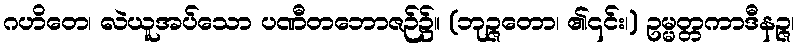
ဂဟိတေ၊ လဲယူအပ်သော ပဏီတဘောဇဉ်၌။ (ဘုဉ္ဇတော၊ ၏၎င်း၊) ဥမ္မတ္တကာဒီနဉ္ဇ၊